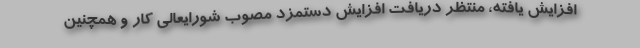
افزایش یافته، منتظر دریافت افزایش دستمزد مصوب شورایعالی کار و همچنین